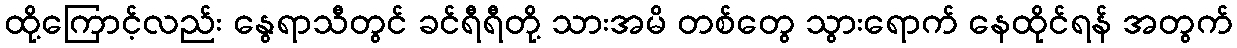
ထို့ကြောင့်လည်း နွေရာသီတွင် ခင်ရီရီတို့ သားအမိ တစ်တွေ သွားရောက် နေထိုင်ရန် အတွက်